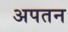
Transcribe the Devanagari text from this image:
अपतन